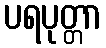
ပရပုတ္တာ